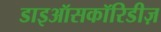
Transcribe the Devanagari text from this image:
डाइऑसकॉरिडीज़